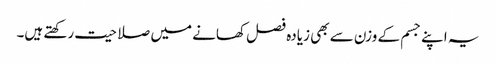
یہ اپنے جسم کے وزن سے بھی زیادہ فصل کھانے میں صلاحیت رکھتے ہیں۔